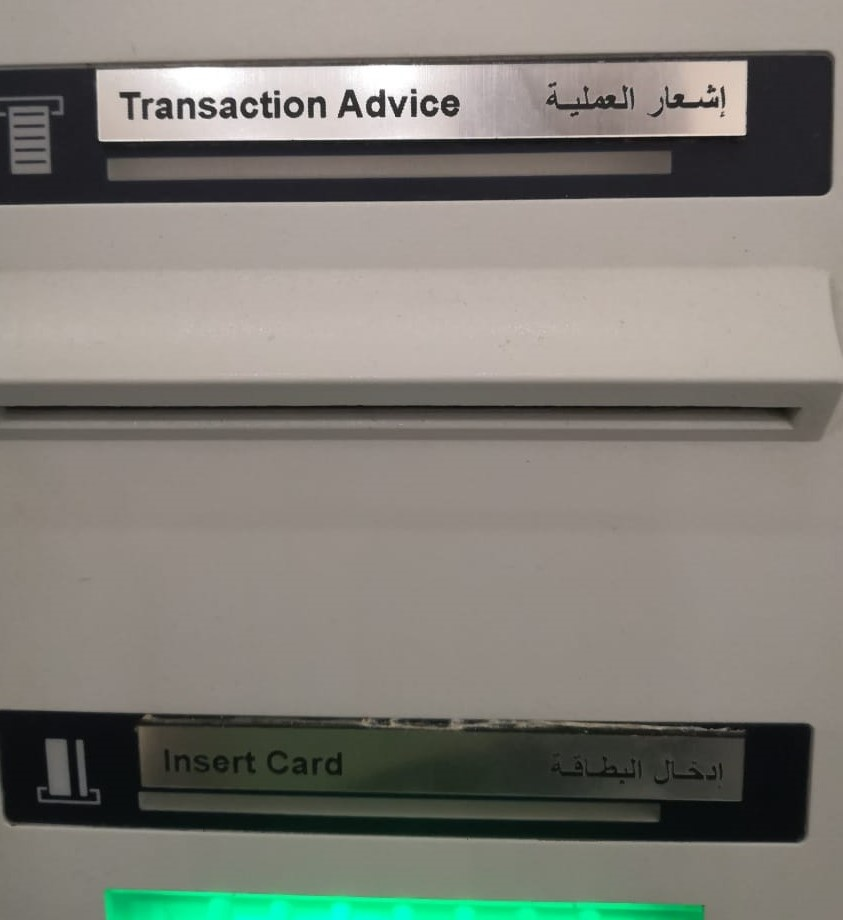
Text in image: العملية إشعار البطاقة إدخال Advice Transaction Insert Card